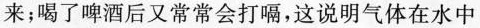
来；喝了啤酒后又常常会打嗝，这说明气体在水中